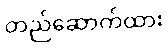
တည်ဆောက်ထား